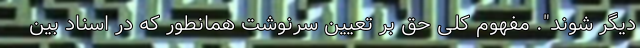
دیگر شوند". مفهوم کلی حق بر تعیین سرنوشت همانطور که در اسناد بین